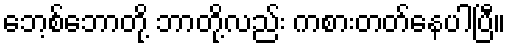
ဘေ့စ်ဘောတို့ ဘာတို့လည်း ကစားတတ်နေပါပြီ။